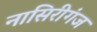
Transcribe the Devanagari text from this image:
नासिरीगंज